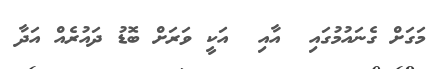
މަގަށް ގެނައުމުގައި  އާއި  އަކީ ވަރަށް ބޮޑު ދައުރެއް އަދާ